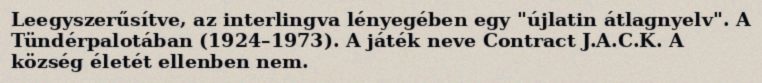
Leegyszerűsítve, az interlingva lényegében egy "újlatin átlagnyelv". A Tündérpalotában (1924–1973). A játék neve Contract J.A.C.K. A község életét ellenben nem.